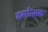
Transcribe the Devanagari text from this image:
वर्गात्मक